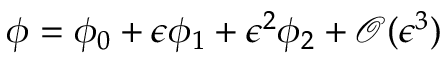
\phi = \phi _ { 0 } + \epsilon \phi _ { 1 } + \epsilon ^ { 2 } \phi _ { 2 } + \mathcal { O } ( \epsilon ^ { 3 } )